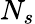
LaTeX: N_{s}